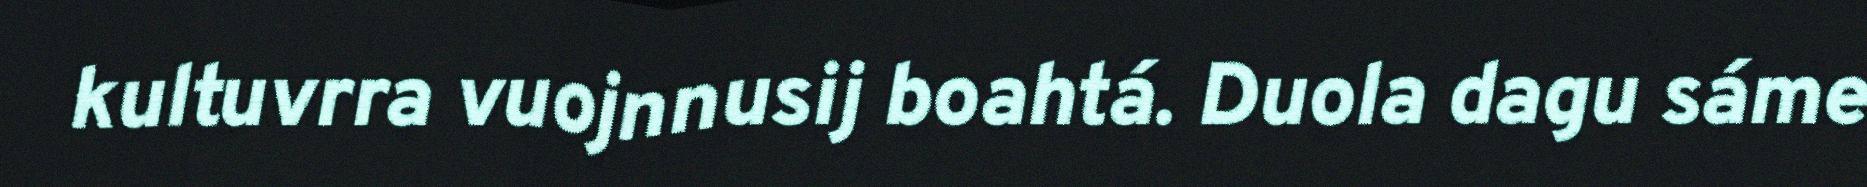
kultuvrra vuojnnusij boahtá. Duola dagu sáme